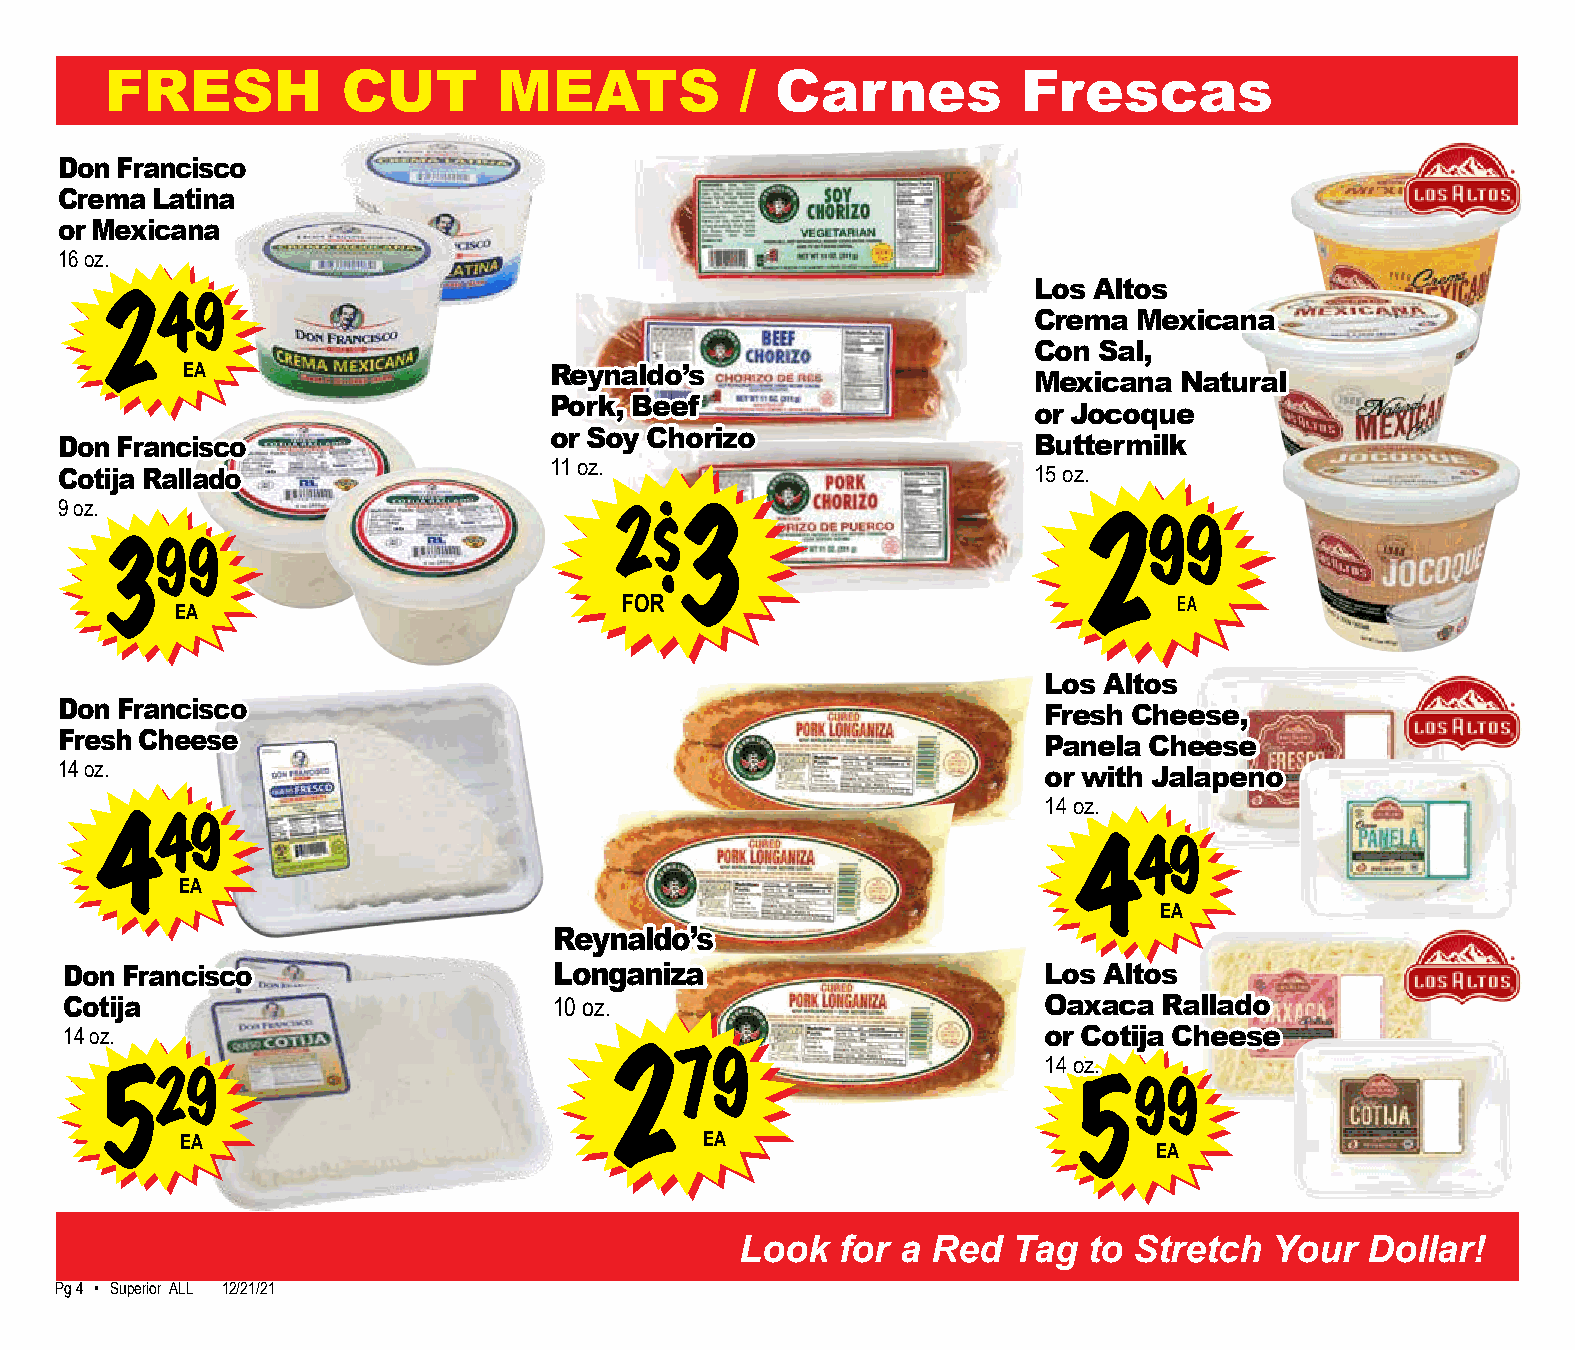
FRESH           CUT       MEATS           / Carnes           Frescas
 Don Francisco
 Crema Latina
 or Mexicana
 16 oz.
 Los Altos
 249                                                          Crema  Mexicana
 Con  Sal,
 EA                      Reynaldo’s
 Mexicana  Natural
 Pork, Beef
 or Jocoque
 or Soy Chorizo
 Don Francisco                                                   Buttermilk
 11 oz.
 Cotija Rallado                                                  15 oz.
 9 oz.
 2$
 3                              99
 2
 99
 3
 FOR                                  EA
 EA
 Los Altos
 Don Francisco                                                    Fresh Cheese,
 Fresh Cheese                                                     Panela Cheese
 14 oz.                                                           or with Jalapeno
 14 oz.
 49
 4
 49
 4
 EA
 EA
 Reynaldo’s
 Don Francisco                    Longaniza                       Los Altos
 Cotija                           10 oz.                          Oaxaca  Rallado
 14 oz.                                                           or Cotija Cheese
 14 oz.
 79
 2
 29
 5                                                                   99
 5
 EA                                 EA
 EA
 Look   for a Red  Tag  to Stretch  Your   Dollar!
 Pg 24 • Superior ALL 12/21/21